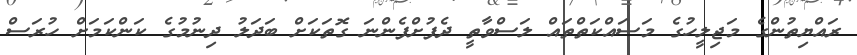
ރައްޔިތުންގެ މަޖިލީހުގެ މަސައްކަތްތައް ލަސްވާތީ ދެފުށްފެންނަ ގޮތަކަށް ބަދަލު ދިނުމުގެ ކަންކަމަށް ހުރަސް